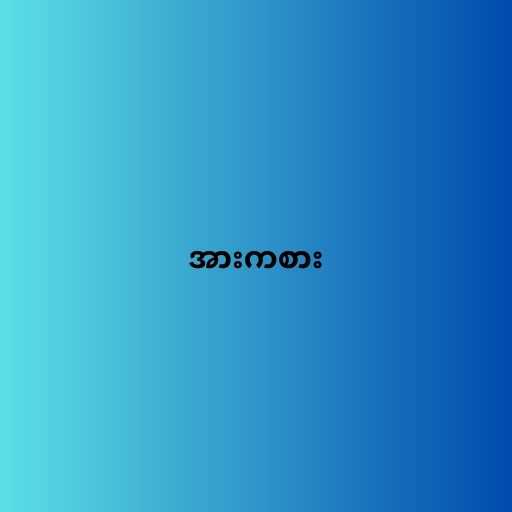
အားကစား